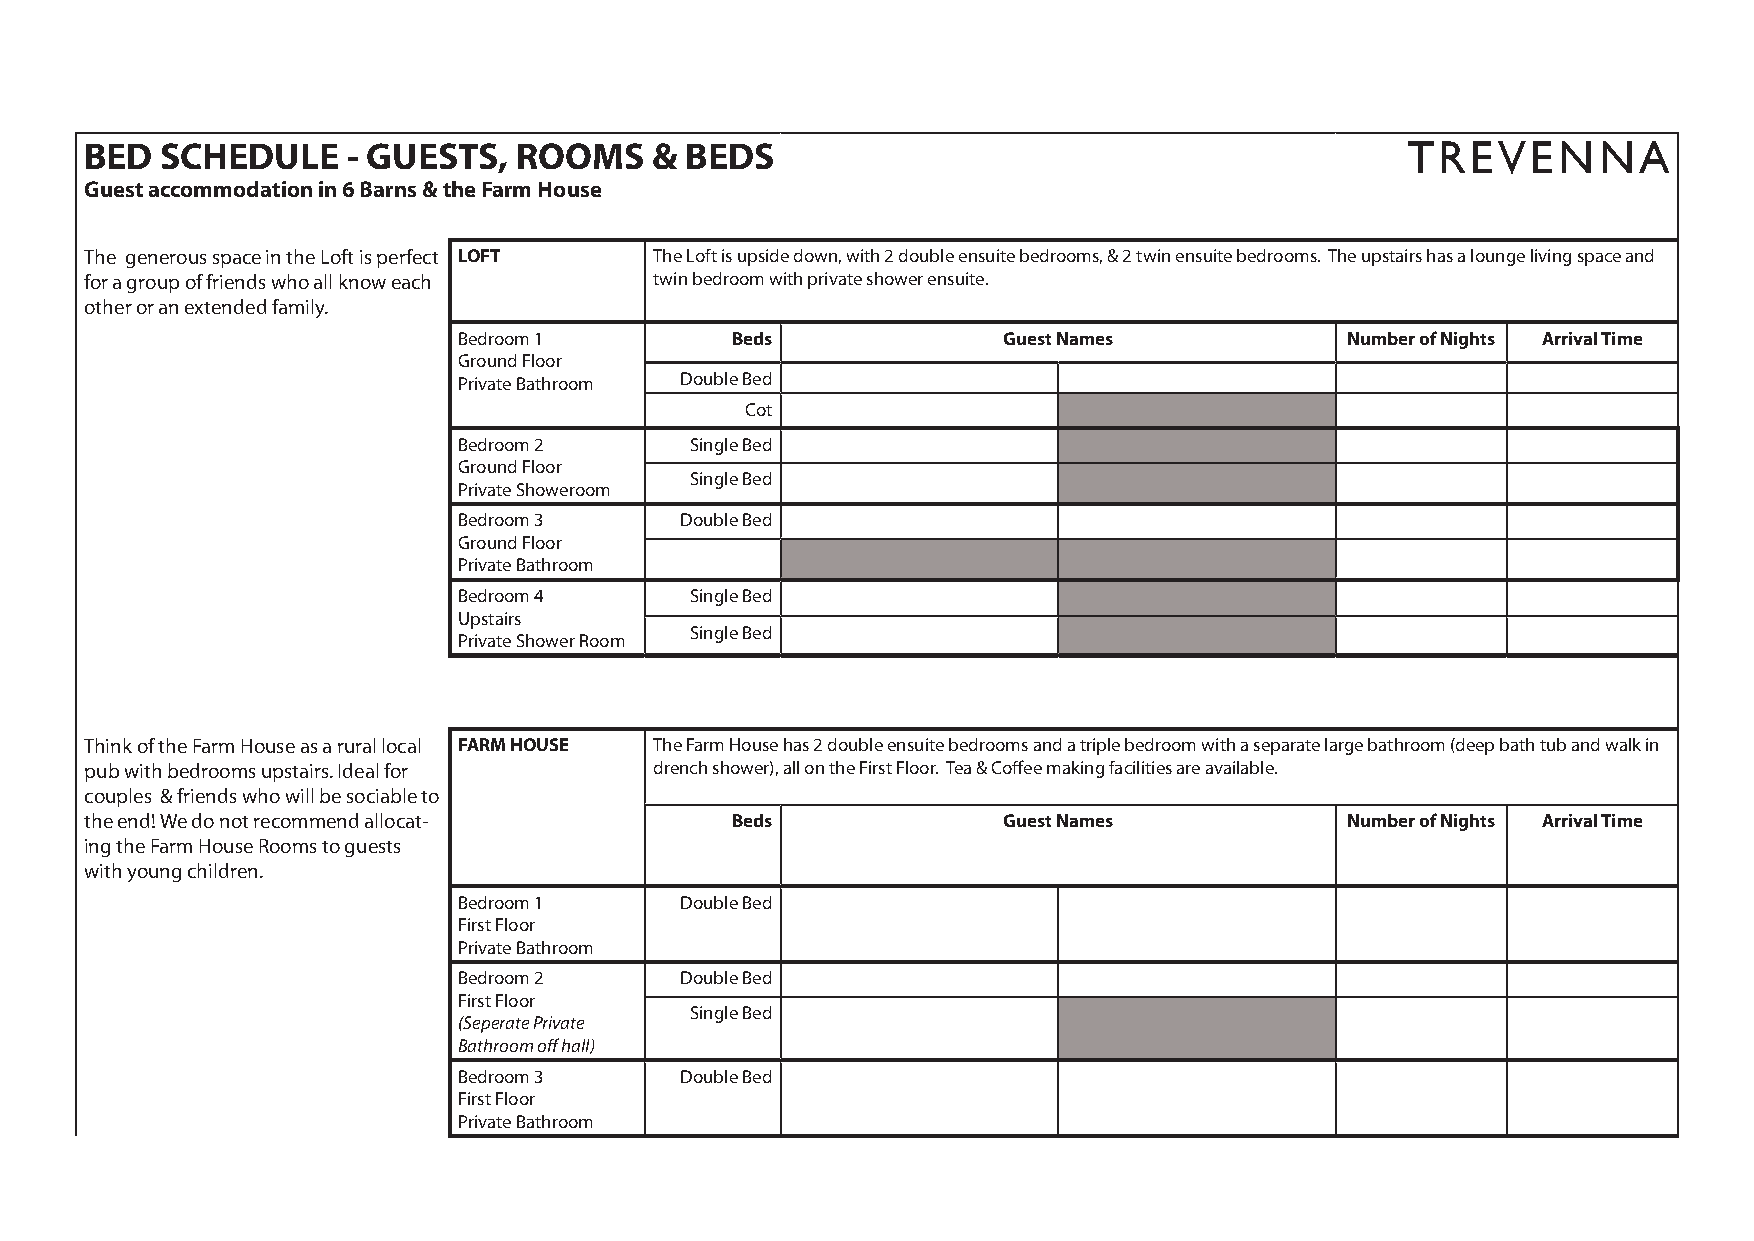
BED  SCHEDULE    - GUESTS,  ROOMS    & BEDS                                            TREVENNA
 Guest accommodation in 6 Barns & the Farm House
 The generous space in the Loft is perfect LOFT The Loft is upside down, with 2 double ensuite bedrooms, & 2 twin ensuite bedrooms. The upstairs has a lounge living space and
 for a group of friends who all know each twin bedroom with private shower ensuite.
 other or an extended family.
 Bedroom 1         Beds              Guest Names            Number of Nights Arrival Time
 Ground Floor
 Private Bathroom Double Bed
 Cot
 Bedroom 2       Single Bed
 Ground Floor
 Single Bed
 Private Showeroom
 Bedroom 3      Double Bed
 Ground Floor
 Private Bathroom
 Bedroom 4       Single Bed
 Upstairs
 Single Bed
 Private Shower Room
 Think of the Farm House as a rural local FARM HOUSE The Farm House has 2 double ensuite bedrooms and a triple bedroom with a separate large bathroom (deep bath tub and walk in
 pub with bedrooms upstairs. Ideal for drench shower), all on the First Floor. Tea & Coffee making facilities are available.
 couples & friends who will be sociable to
 the end! We do not recommend allocat-     Beds              Guest Names            Number of Nights Arrival Time
 ing the Farm House Rooms to guests
 with young children.
 Bedroom 1      Double Bed
 First Floor
 Private Bathroom
 Bedroom 2      Double Bed
 First Floor
 Single Bed
 (Seperate Private
 Bathroom off hall)
 Bedroom 3      Double Bed
 First Floor
 Private Bathroom